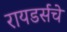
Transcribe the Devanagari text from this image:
रायडर्सचे